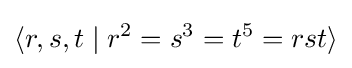
\langle r,s,t\mid r^{2}=s^{3}=t^{5}=rst\rangle